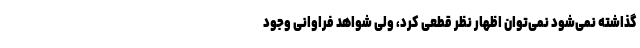
گذاشته نمی‌شود نمی‌توان اظهار نظر قطعی کرد، ولی شواهد فراوانی وجود